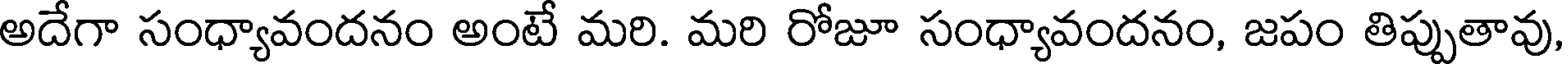
అదేగా సంధ్యావందనం అంటే మరి. మరి రోజూ సంధ్యావందనం, జపం తిప్పుతావు